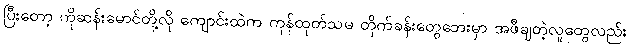
ပြီးတော့ ကိုဆန်းမောင်တို့လို ကျောင်းထဲက ကုန်ထုတ်သမ တိုက်ခန်းတွေဘေးမှာ အဖီချတဲ့လူတွေလည်း